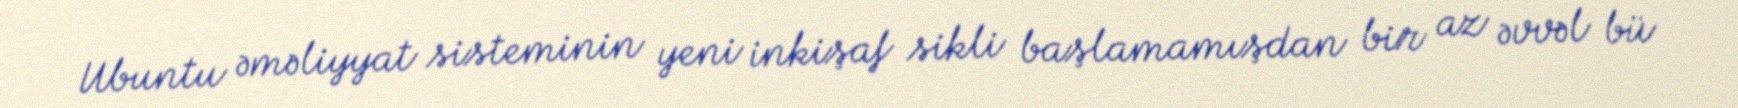
Ubuntu əməliyyat sisteminin yeni inkişaf sikli başlamamışdan bir az əvvəl bü